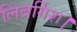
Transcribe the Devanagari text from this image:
लिंबर्गिश।